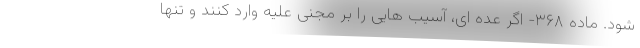
شود. ماده ۳۶۸- اگر عده ای، آسیب هایی را بر مجنی علیه وارد کنند و تنها